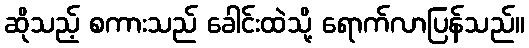
ဆိုသည့် စကားသည် ခေါင်းထဲသို့ ရောက်လာပြန်သည်။